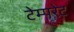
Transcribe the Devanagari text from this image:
टेम्‍परेट